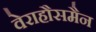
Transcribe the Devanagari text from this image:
वेराहौसमैन